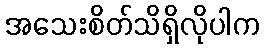
အသေးစိတ်သိရှိလိုပါက